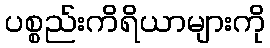
ပစ္စည်းကိရိယာများကို